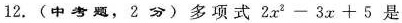
12. (中考题，2分)多项式$$2 x ^ { 2 } - 3 x + 5$$是